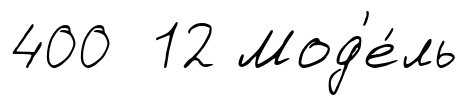
400 12 Мод'е́ль